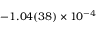
- 1 . 0 4 ( 3 8 ) \times 1 0 ^ { - 4 }